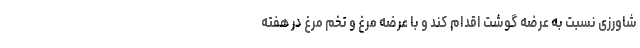
شاورزی نسبت به عرضه گوشت اقدام کند و با عرضه مرغ و تخم مرغ در هفته